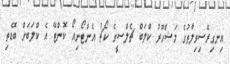
އިނގިރޭސިވިލާތުގެ މަޝްހޫރު ކްލަބް ޗެލްސީގެ ކޯޗު އެންޓޯނިއޯ ކޮންޓޭ އެ ކްލަބަށް ބޮޑެތި